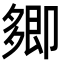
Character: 𭅽